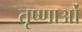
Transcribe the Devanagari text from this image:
तृष्णाओं